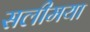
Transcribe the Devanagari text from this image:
सलीमया